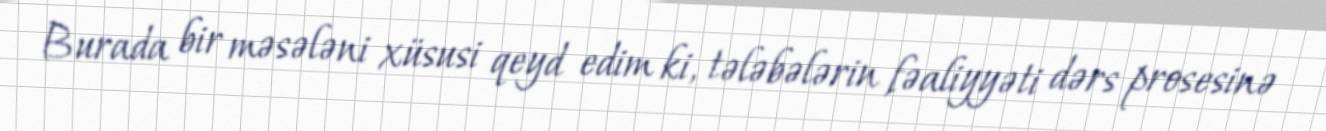
Burada bir məsələni xüsusi qeyd edim ki, tələbələrin fəaliyyəti dərs prosesinə